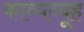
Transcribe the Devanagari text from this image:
काव्यव्यूह